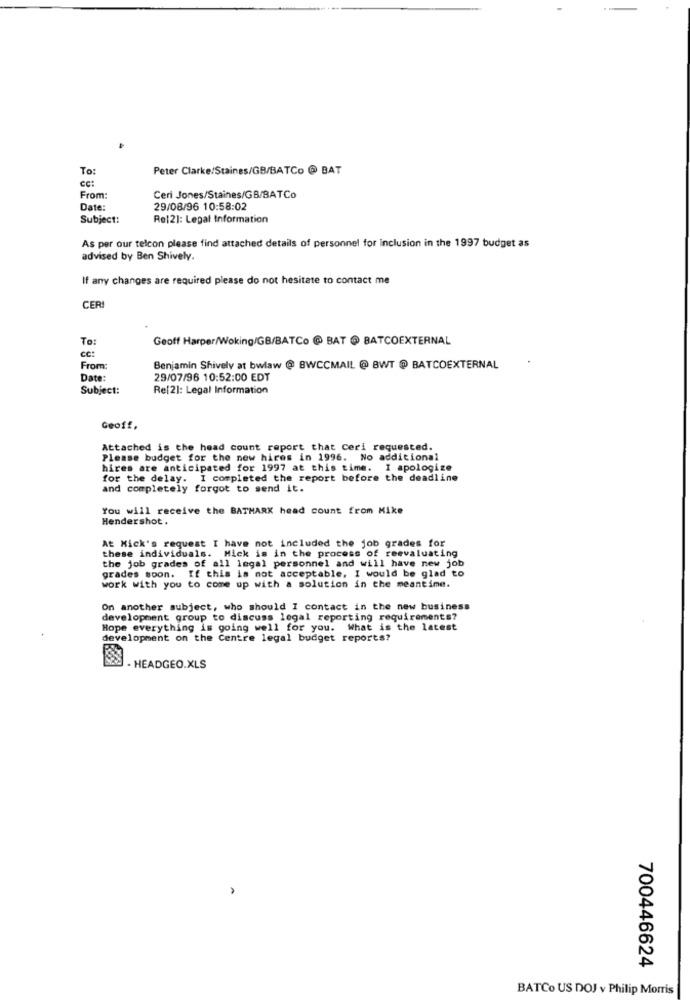
To:
Peter Clarke/Staines/GB/BATCo @ BAT
cc:
From:
Ceri Jones/Staines/GB/BATCo
Date:
29/08/96 10:58:02
Subject:
Re[2]: Legal Information
As per our telcon please find attached details of personnel for inclusion in the 1997 budget as
advised by Ben Shively.
If any changes are required please do not hesitate to contact me
CERI
To:
Geoff Harper/Woking/GB/BATCo @ BAT @ BATCOEXTERNAL
cc:
From:
Benjamin Shively at bwlaw @ BWCCMAIL @ BWT @ BATCOEXTERNAL
Date:
29/07/96 10:52:00 EDT
Subject:
Re[2]: Legal Information
Geoff.
Attached is the head count report that Ceri requested.
Please budget for the new hires in 1996. No additional
hires are anticipated for 1997 at this time. I apologize
for the delay. I completed the report before the deadline
and completely forgot to send it.
You will receive the BATHARK head count from Mike
Hendershot .
these individuals. Mick is in the process of reevaluating
At Nick's request I have not included the job grades for
the job grades of all legal personnel and will have new job
grades soon. If this is not acceptable, I would be glad to
work with you to come up with a solution in the meantime.
On another subject, who should I contact in the new business
development group to discuss legal reporting requirements?
Hope everything is going well for you. What is the latest
development on the Centre legal budget reports?
- HEADGEO.XLS
700446624
BATCo US DOJ v Philip Morris